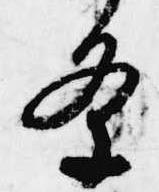
条